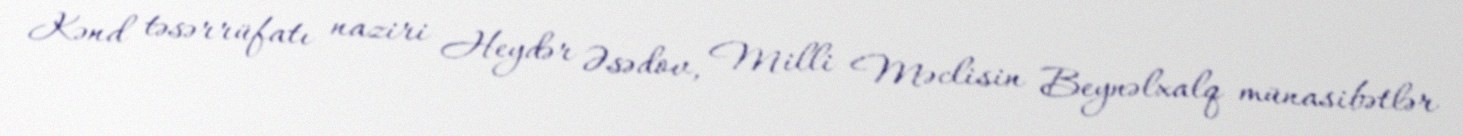
Kənd təsərrüfatı naziri Heydər Əsədov, Milli Məclisin Beynəlxalq münasibətlər